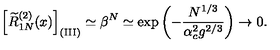
\left[ \widetilde R _ { 1 N } ^ { ( 2 ) } ( x ) \right] _ { \mathrm { ( I I I ) } } \simeq \beta ^ { N } \simeq \exp \left( - { \frac { N ^ { 1 / 3 } } { \alpha _ { c } ^ { 2 } g ^ { 2 / 3 } } } \right) \rightarrow 0 .